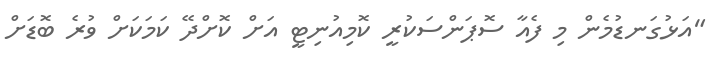
"އަޅުގަނޑުމެން މި ފެއާ ސޮޕަންސަކުރީ ކޮމިއުނިޓީ އަށް ކޮށްދޭ ކަމަކަށް ވުރެ ބޮޑަށް